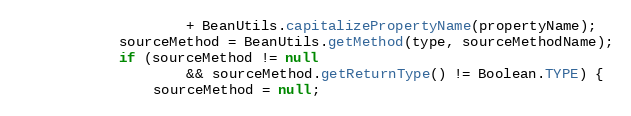
Language: Java
					+ BeanUtils.capitalizePropertyName(propertyName);
			sourceMethod = BeanUtils.getMethod(type, sourceMethodName);
			if (sourceMethod != null
					&& sourceMethod.getReturnType() != Boolean.TYPE) {
				sourceMethod = null;